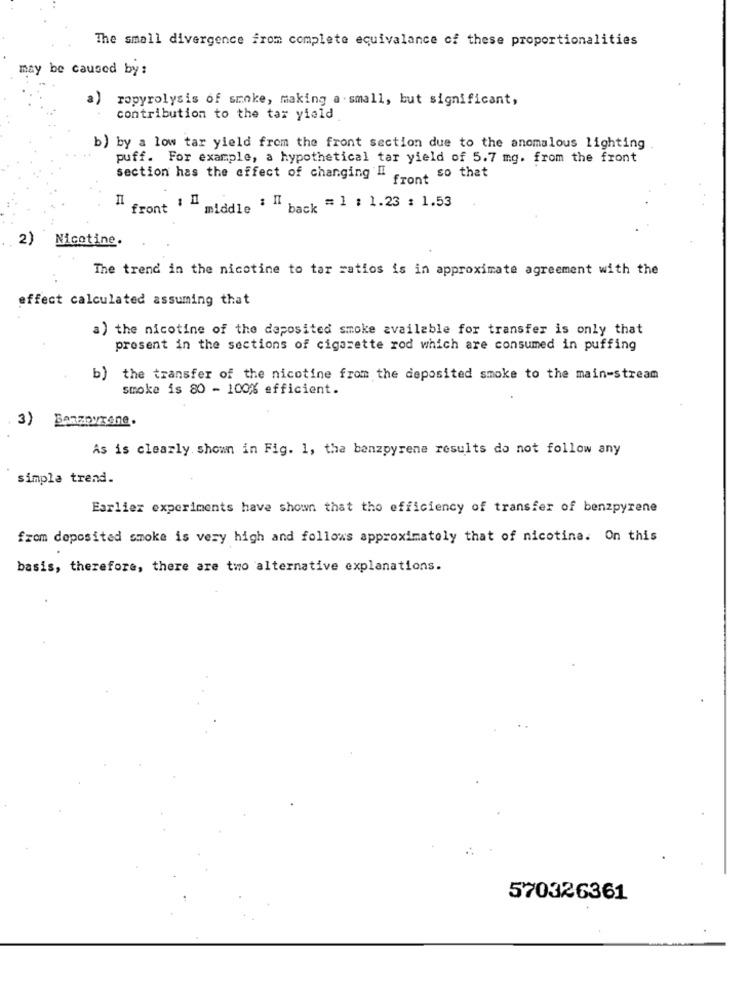
The small divergence from complete equivalance of these proportionalities
may be caused by:
a)
ropyrolysis of smoke, making a small, but significant,
contribution to the tax yield
b) by a low tar yield from the front section due to the anomalous lighting
puff. For example, a hypothetical tar yield of 5.7 mg. from the front
section has the effect of changing " . , so that
front 1 1
middle
back = 1 : 1.23 : 1.53
2)
Nicotine.
The trend in the nicotine to tar ratios is in approximate agreement with the
effect calculated assuming that
a) the nicotine of the deposited smoke available for transfer is only that
present in the sections of cigarette rod which are consumed in puffing
b) the transfer of the nicotine from the deposited smoke to the main-stream
smoke is 80 - 100% efficient.
3) BARzorTone.
As is clearly shown in Fig. 1, the benzpyrene results do not follow any
simpla trend.
Earlier experiments have shown that the efficiency of transfer of benzpyrene
from deposited smoke is very high and follows approximately that of nicotina. On this
basis, therefore, there are two alternative explanations.
570326361